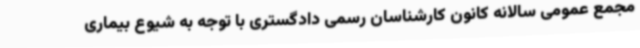
مجمع عمومی سالانه کانون کارشناسان رسمی دادگستری با توجه به شیوع بیماری